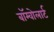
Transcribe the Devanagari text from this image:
बॉम्वोलार्ट